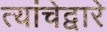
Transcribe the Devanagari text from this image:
त्यांचेद्वारे